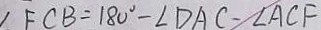
\angle F C B = 1 8 0 ^ { \circ } - \angle D A C - \angle A C F